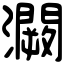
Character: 灍